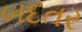
બદતર